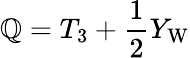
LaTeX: \mathbb{Q}=T_{3}+{\frac{{1}}{{2}}}Y_{\mathrm{{W}}}